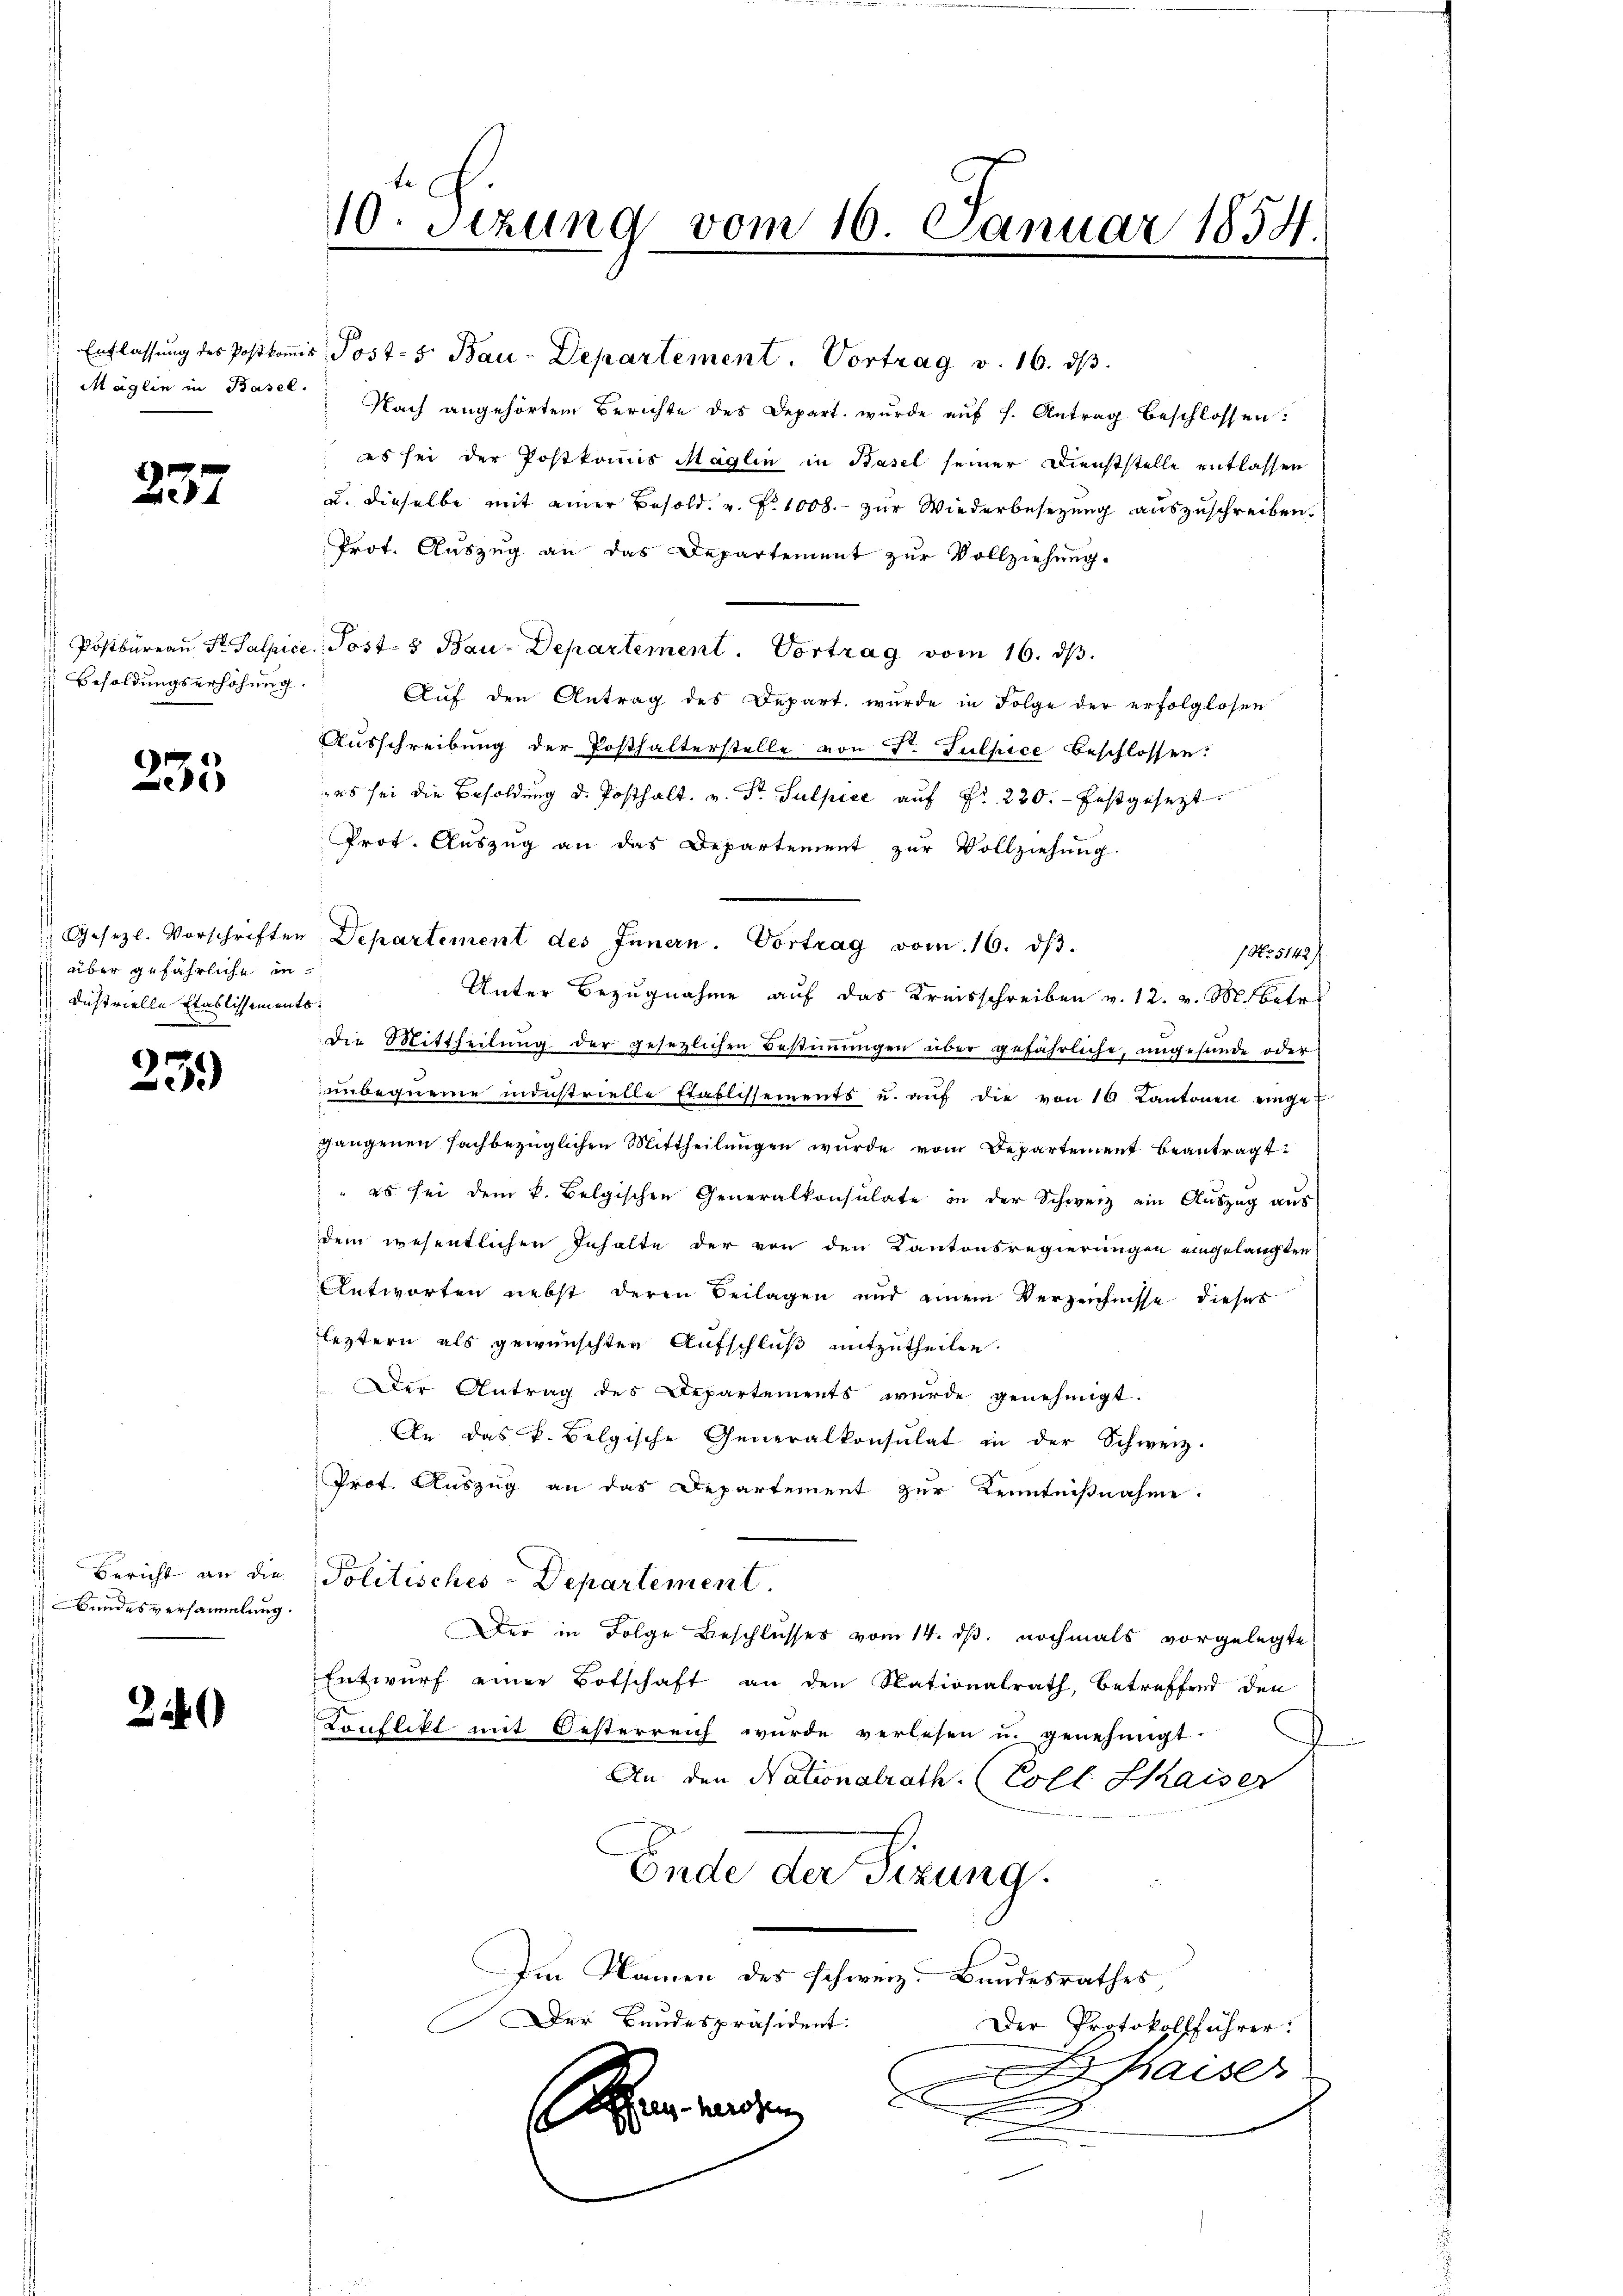
237

Besoldungserhöhung.

233

über gefährliche industrielle Etablissements¬

7
i

Bericht an die
Bundesversammlung

240

10. Setzung vom 16. Januar 1854.

Entlassung des Postkomis Post- 5. Bau-Departement. Vortrag v. 16. ds.
Mäglin in Basel. Nach angehörtem Berichte des Depart wurde aŭf s. Antrag beschlossen:
es sei der Postkomis Maglin in Basel seiner Dienststelle entlassen
u. dieselbe mit einer Besold. u. Fr. 1000.- zŭr Wiederbesetzung auszuschreiben.
Prot. Auszug an das Departement zur Vollziehung.
Postbureau Fr. Salpice Post- & Bau-Departement. Vortrag vom 16. ds.
Aŭf den Antrag des Depart wurde in Folge der erfolglosen
Ausschreibung der Posthalterstelle von Dr. Sulpice beschlossen:
es sei die Besoldŭng d. Posthalt. v. Dr. Sulpice aŭf Fr. 220. festgesezt.
Prot. Auszug an das Departement zur Vollziehung.
 Gesetzl. Vorschriften Departement des Innern. Vortrag vom 16. dβ.
1 No 5142/
Unter Bezugnahme auf das Kreisschreiben v. 12. v. M. betr
Die Mittheilŭng der gesetzlichen Bestiṁŭngen über gefährliche, ungesunde oder
einbequeme industrielle Etablissements u. aŭf die von 10 Kantonen eingegangenen sachbezüglichen Mittheilungen wurde vom Departement beantragt:
" es sei dem k. Belgischen Generalkonsulate in der Schweiz ein Auszug aus
dem wesentlichen Inhalte der von den Kantonsregierungen eingelangten
Antworten nebst deren Beilagen und einem Verzeichnisse dieses
leztern als gewünschten Aufschluß mitzutheilen.
 Der Antrag des Departements wurde genehmigt.
An das k. Belgische Generalkonsulat in der Schweiz.
Prot. Auszug an das Departement zur Kenntnißnahme.
Politisches-Departement.
Der in Folge Beschlusses vom 14. ds, nochmals vorgelegte
Entwurf einer Botschaft an den Nationalrath, betreffend den
Konflikt mit Oesterreich wurde verlesen u. genehmigt
An den Nationalrath (Coll Kaiser
Ende der Sizung.
Im Namen des schweiz. Bandesrathes,
Der Bundespräsident:
Der Protokollführer.
haiser
errenzen
u